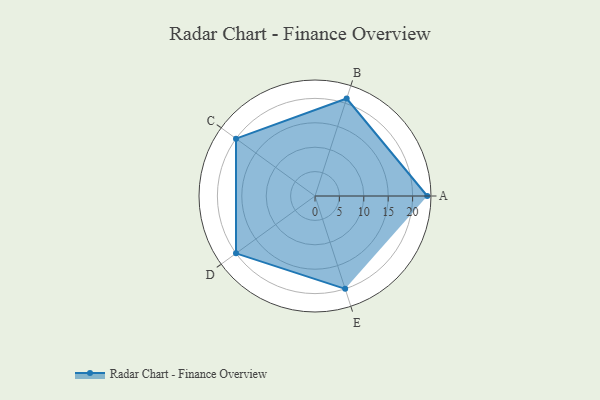
{"axis": {"x": "Skill", "y": "Score"}, "legend": ["Profile"], "data": [{"x": "A", "y": 23.0, "type": "Profile"}, {"x": "B", "y": 21.0, "type": "Profile"}, {"x": "C", "y": 20, "type": "Profile"}, {"x": "D", "y": 20, "type": "Profile"}, {"x": "E", "y": 20, "type": "Profile"}]}